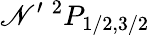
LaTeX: \mathscr{N}^{\prime}\ ^{2}P_{1/2,3/2}